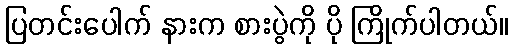
ပြတင်းပေါက် နားက စားပွဲကို ပို ကြိုက်ပါတယ်။